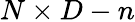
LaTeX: N\times D-n